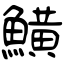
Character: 鱑